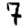
Digit: 7